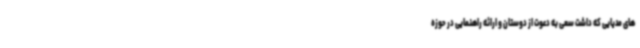
های مدیایی که داشت سعی به دعوت از دوستان و ارائه راهنمایی در حوزه